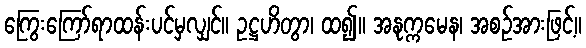
ကြွေးကြော်ရာထန်းပင်မှလျှင်။ ဥဋ္ဌဟိတွာ၊ ထ၍။ အနုက္ကမေန၊ အစဉ်အားဖြင့်။